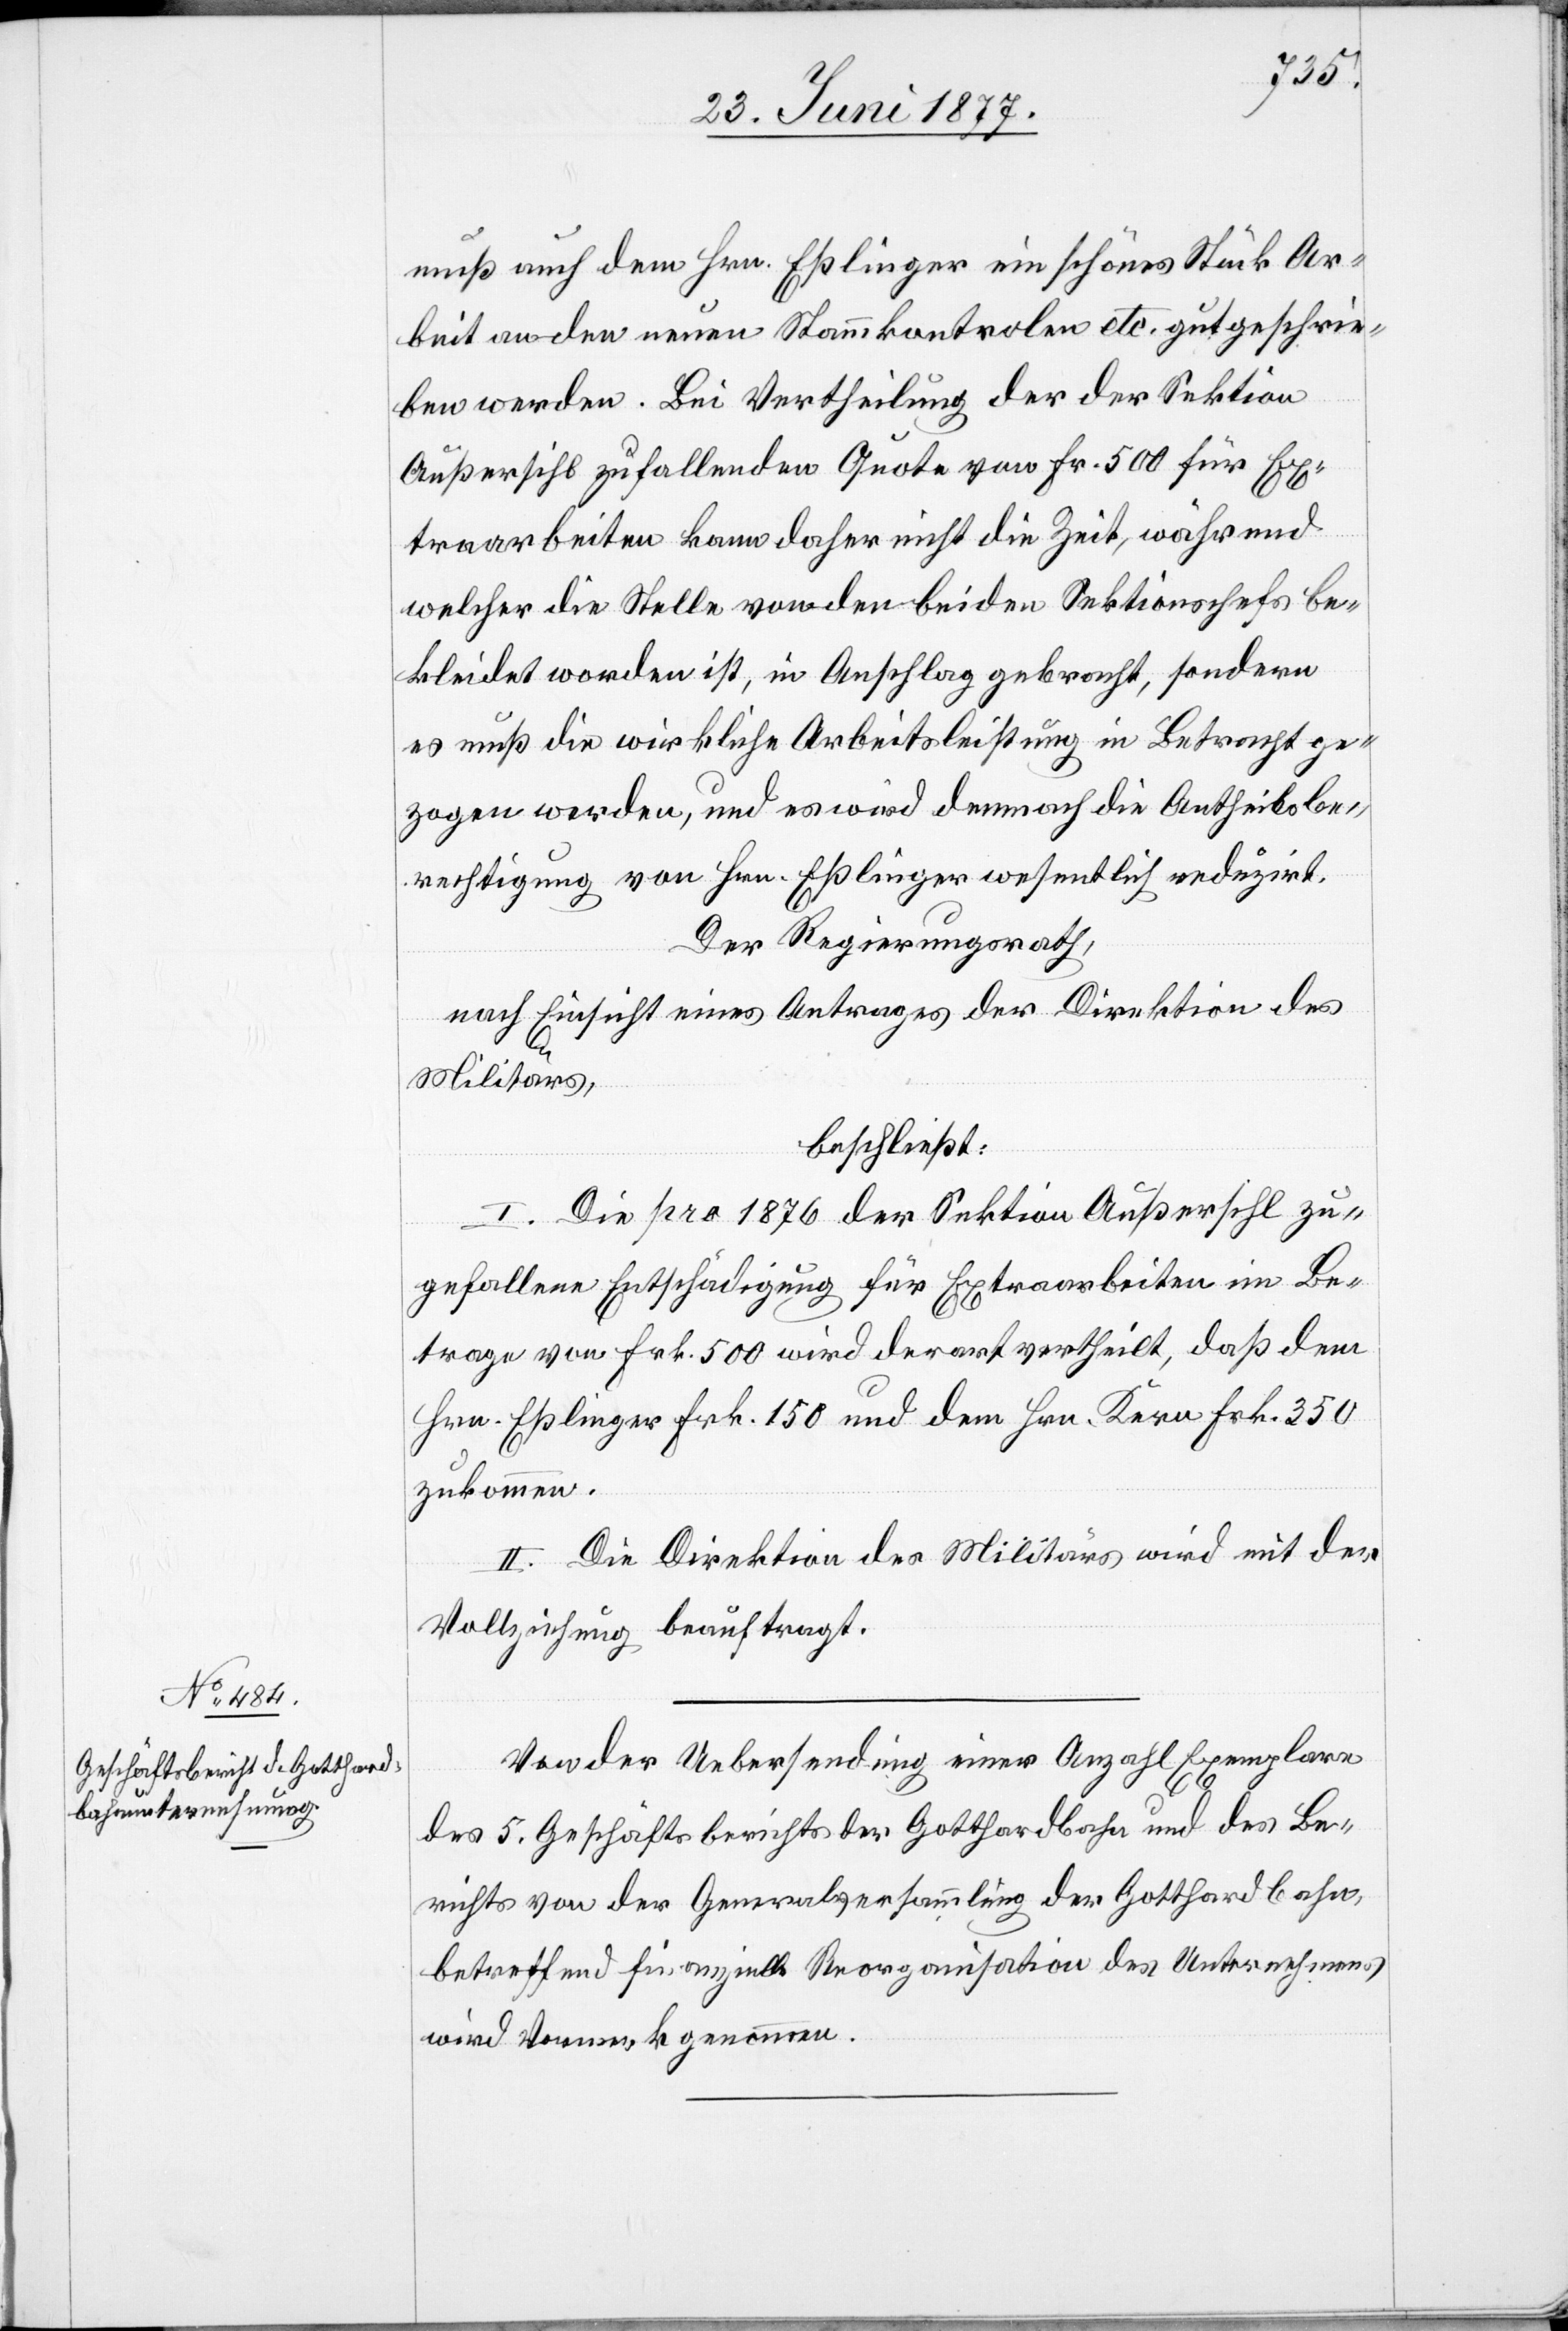
muß auch dem Hrn. Eßlinger ein schönes Stück Ar¬
beit an den neuen Stammkontrolen etc. gutgeschrie¬
ben werden. Bei Vertheilung der der Sektion
Außersihl zufallenden Quote von Fr. 500 für Ex¬
traarbeiten kann daher nicht die Zeit, während
welcher die Stelle von den beiden Sektionschefs be¬
kleidet worden ist, in Anschlag gebracht, sondern
es muß die wirkliche Arbeitsleistung in Betracht ge¬
zogen werden, und es wird demnach die Antheilsbe¬
rechtigung von Hrn. Eßlinger wesentlich reduzirt.
Der Regierungsrath,
nach Einsicht eines Antrages der Direktion des
Militärs,
beschließt:
I. Die pro 1876 der Sektion Außersihl zu¬
gefallene Entschädigung für Extraarbeiten im Be¬
trage von Frk. 500 wird derart vertheilt, daß dem
Hrn. Eßlinger Frk. 150 und dem Hrn. Kern Frk. 350
zukommen.
II. Die Direktion des Militärs wird mit der
Vollziehung beauftragt.
Von der Uebersendung einer Anzahl Exemplare
des 5. Geschäftsberichts der Gotthardbahn und des Be¬
richts von der Generalversammlung der Gotthardbahn.
betreffend die finanzielle Reorganisation des Unternehmens
wird Vormerk genommen.